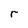
Character: r